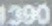
1390